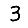
Digit: 3